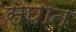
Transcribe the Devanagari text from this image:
सघात